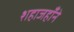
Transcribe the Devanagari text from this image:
शहाजहाँने